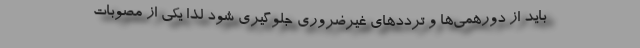
باید از دورهمی‌ها و ترددهای غیرضروری جلوگیری شود لذا یکی از مصوبات